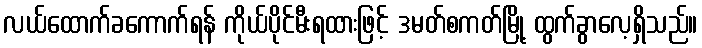
လယ်ထောက်ခကောက်ရန် ကိုယ်ပိုင်မီးရထားဖြင့် ဒမတ်စကတ်မြို့ ထွက်ခွာလေ့ရှိသည်။